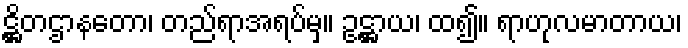
ဋ္ဌိတဌာနတော၊ တည်ရာအရပ်မှ။ ဥဋ္ဌာယ၊ ထ၍။ ရာဟုလမာတာယ၊